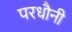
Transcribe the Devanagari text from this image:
परधौनी